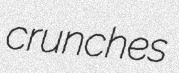
crunches